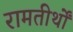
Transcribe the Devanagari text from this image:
रामतीर्थों